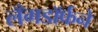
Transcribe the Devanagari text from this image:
लँगडॉर्फने